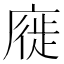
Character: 𢊚